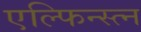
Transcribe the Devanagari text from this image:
एल्फिन्स्त्न